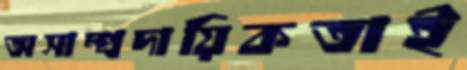
অসাম্প্রদায়িকতাই